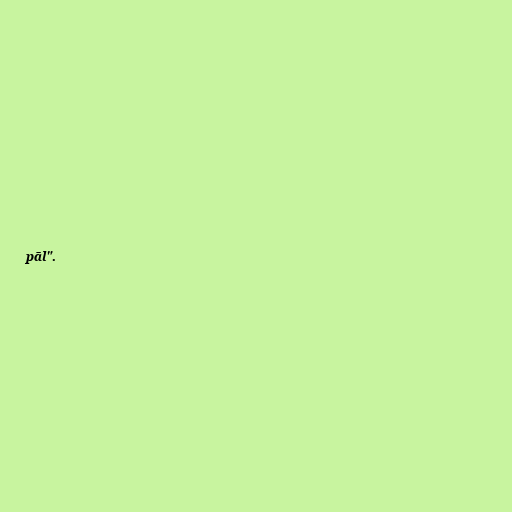
pāl".